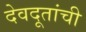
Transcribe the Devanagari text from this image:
देवदूतांची